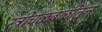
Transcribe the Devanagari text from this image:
स्त्रीचळवळीतून